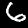
Label: 6